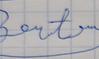
Signature authenticity: forged